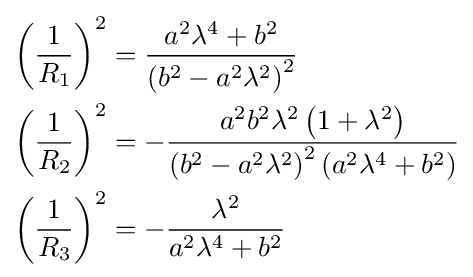
\scriptstyle {\begin{aligned}\left({\frac {1}{R_{1}}}\right)^{2}&={\frac {a^{2}\lambda ^{4}+b^{2}}{\left(b^{2}-a^{2}\lambda ^{2}\right)^{2}}}\\\left({\frac {1}{R_{2}}}\right)^{2}&=-{\frac {a^{2}b^{2}\lambda ^{2}\left(1+\lambda ^{2}\right)}{\left(b^{2}-a^{2}\lambda ^{2}\right)^{2}\left(a^{2}\lambda ^{4}+b^{2}\right)}}\\\left({\frac {1}{R_{3}}}\right)^{2}&=-{\frac {\lambda ^{2}}{a^{2}\lambda ^{4}+b^{2}}}\end{aligned}}